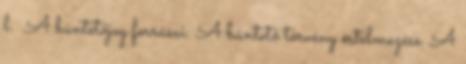
l. A büntetőjog forrásai. A büntető törvény értelmezése. A